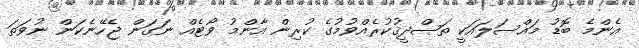
އެންމެ ބޮޑު މައްސަލައަކީ ތަޞްދީޤުކުރެއްވުމުގެ ކުރިން އާންމު ވޯޓެއް ނަގަން ޖެހޭނެކަން ނުވަތަ